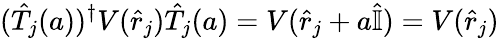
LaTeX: ({\hat{T}}_{j}(a))^{\dagger}V({\hat{r}}_{j}){\hat{T}}_{j}(a)=V({\hat{r}}_{j}+a{\hat{\mathbb{I}}})=V({\hat{r}}_{j})